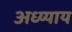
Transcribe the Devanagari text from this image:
अध्य्याय